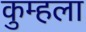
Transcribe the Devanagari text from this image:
कुम्हला